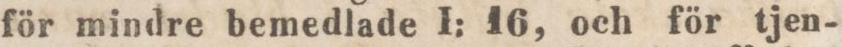
för mindre bemedlade I: 16, och för tjen-